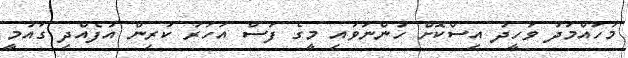
މުހައްމަދު ވަހީދު އިސްކޮށް ހުންނަވައި މީގެ ފަސް އަހަރު ކުރިން އުފެއްދި ގައުމީ